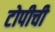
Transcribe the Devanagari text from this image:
टोपीची